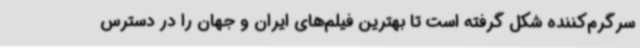
سرگرم‌کننده شکل‌ گرفته است تا بهترین فیلم‌های ایران و جهان را در دسترس